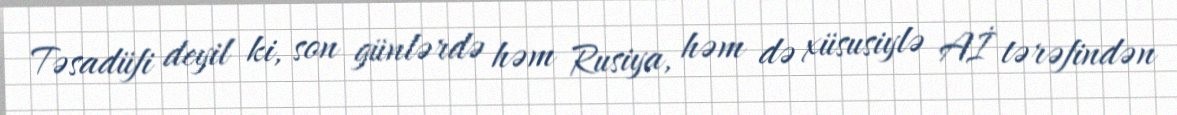
Təsadüfi deyil ki, son günlərdə həm Rusiya, həm də xüsusiylə Aİ tərəfindən